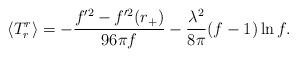
LaTeX: \begin{align*}\langle T^r_r \rangle = - { f'^2 - f'^2(r_+) \over 96 \pi f} - {\lambda^2 \over 8 \pi}(f-1) \ln f.\end{align*}